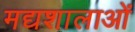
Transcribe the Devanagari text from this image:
मद्यशालाओं